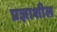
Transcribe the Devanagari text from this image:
प्रज्ञाशील